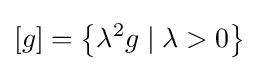
[g]=\left\{\lambda ^{2}g\mid \lambda >0\right\}